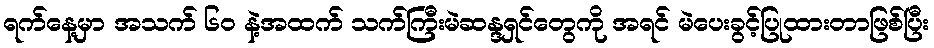
ရက်နေ့မှာ အသက် ၆၀ နဲ့အထက် သက်ကြီးမဲဆန္ဒရှင်တွေကို အရင် မဲပေးခွင့်ပြုထားတာဖြစ်ပြီး